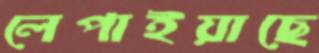
লেপাইয়াছে